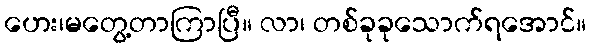
ဟေး၊မတွေ့တာကြာပြီ။ လာ၊ တစ်ခုခုသောက်ရအောင်။